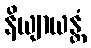
နိယျာယန္တံ